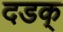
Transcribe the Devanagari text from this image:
दडक्